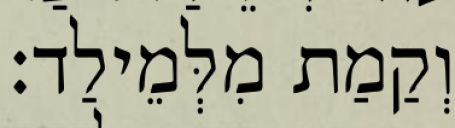
וְקַמַת מִלְּמֵילַד׃